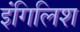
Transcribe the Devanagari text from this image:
इंगिलिश